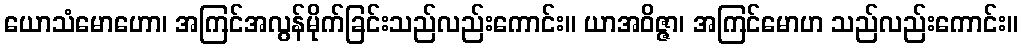
ယောသံမောဟော၊ အကြင်အလွန်မိုက်ခြင်းသည်လည်းကောင်း။ ယာအဝိဇ္ဇာ၊ အကြင်မောဟ သည်လည်းကောင်း။